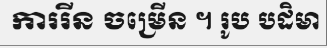
ការរីន ចម្រើន ។ រូប បដិមា